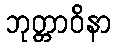
ဘုတ္တာဝိနာ